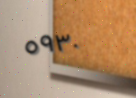
٥٩٣٠